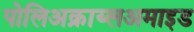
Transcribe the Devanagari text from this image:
पोलिअक्राय्लअमाइड